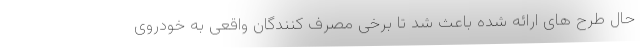
حال طرح های ارائه شده باعث شد تا برخی مصرف کنندگان واقعی به خودروی